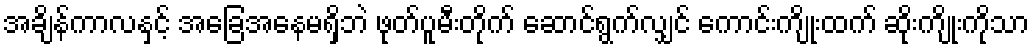
အချိန်ကာလနှင့် အခြေအနေမရှိဘဲ ဖုတ်ပူမီးတိုက် ဆောင်ရွက်လျှင် ကောင်းကျိုးထက် ဆိုးကျိုးကိုသာ